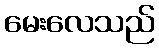
မေးလေသည်